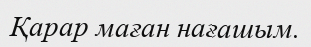
Қарар маған нағашым.